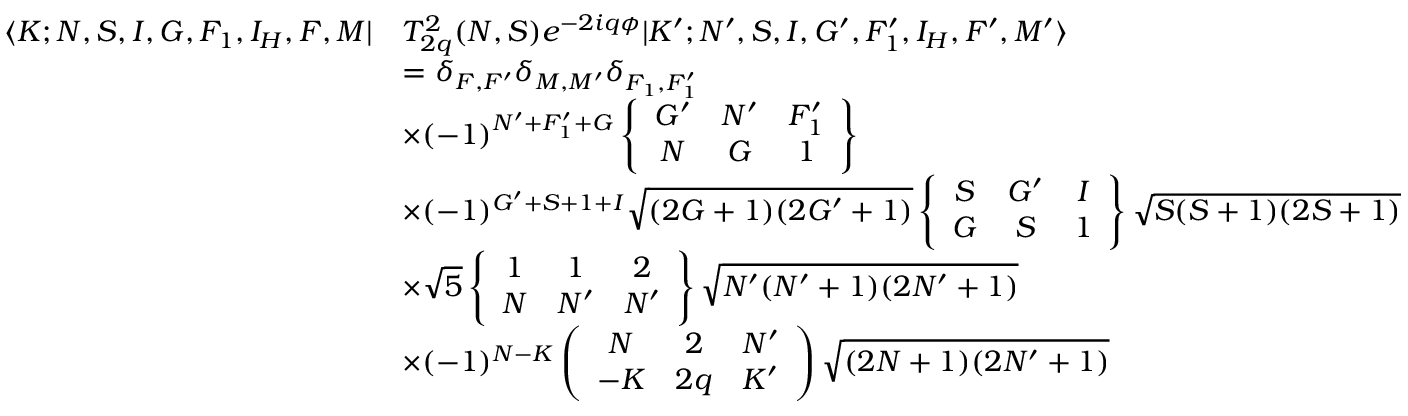
\begin{array} { r l } { \langle K ; N , S , I , G , F _ { 1 } , I _ { H } , F , M | } & { T _ { 2 q } ^ { 2 } ( N , S ) e ^ { - 2 i q \phi } | K ^ { \prime } ; N ^ { \prime } , S , I , G ^ { \prime } , F _ { 1 } ^ { \prime } , I _ { H } , F ^ { \prime } , M ^ { \prime } \rangle } \\ & { = \delta _ { F , F ^ { \prime } } \delta _ { M , M ^ { \prime } } \delta _ { F _ { 1 } , F _ { 1 } ^ { \prime } } } \\ & { \times ( - 1 ) ^ { N ^ { \prime } + F _ { 1 } ^ { \prime } + G } \left\{ \begin{array} { c c c } { G ^ { \prime } } & { N ^ { \prime } } & { F _ { 1 } ^ { \prime } } \\ { N } & { G } & { 1 } \end{array} \right\} } \\ & { \times ( - 1 ) ^ { G ^ { \prime } + S + 1 + I } \sqrt { ( 2 G + 1 ) ( 2 G ^ { \prime } + 1 ) } \left\{ \begin{array} { c c c } { S } & { G ^ { \prime } } & { I } \\ { G } & { S } & { 1 } \end{array} \right\} \sqrt { S ( S + 1 ) ( 2 S + 1 ) } } \\ & { \times \sqrt { 5 } \left\{ \begin{array} { c c c } { 1 } & { 1 } & { 2 } \\ { N } & { N ^ { \prime } } & { N ^ { \prime } } \end{array} \right\} \sqrt { N ^ { \prime } ( N ^ { \prime } + 1 ) ( 2 N ^ { \prime } + 1 ) } } \\ & { \times ( - 1 ) ^ { N - K } \left( \begin{array} { c c c } { N } & { 2 } & { N ^ { \prime } } \\ { - K } & { 2 q } & { K ^ { \prime } } \end{array} \right) \sqrt { ( 2 N + 1 ) ( 2 N ^ { \prime } + 1 ) } } \end{array}